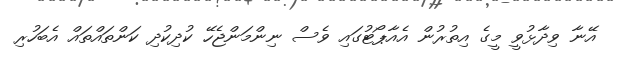
އޭނާ ވިދާޅުވީ މީގެ އިތުރުން އެއާޕޯޓުގައި ވެސް ނިންމަންޖެހޭ ކުދިކުދި ކަންތައްތައް އެބަހުރި